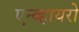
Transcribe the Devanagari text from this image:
एन्व्हायरो